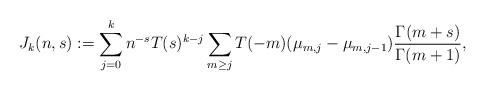
LaTeX: \begin{align*} J_k(n, s) := \sum_{j=0}^k n^{-s}T(s)^{k-j} \sum_{m \geq j} T(-m)(\mu_{m,j} - \mu_{m,j-1}) \frac{\Gamma(m+s)}{\Gamma(m+1)},\end{align*}